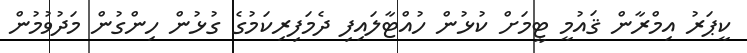
ކީޕަރު އިމްރާން ޤައުމީ ޓީމަށް ކުޅުން ހުއްޓާލައިފި ދެމަފިރިކަމުގެ ގުޅުން ހިންގުން މަދުވުމުން